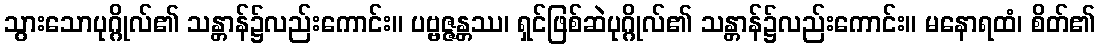
သွားသောပုဂ္ဂိုလ်၏ သန္တာန်၌လည်းကောင်း။ ပဗ္ဗဇ္ဇန္တဿ၊ ရှင်ဖြစ်ဆဲပုဂ္ဂိုလ်၏ သန္တာန်၌လည်းကောင်း။ မနောရထံ၊ စိတ်၏